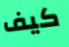
كيف